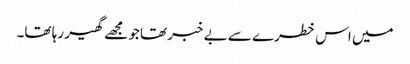
میں اس خطرے سے بے خبر تھا جو مجھے گھیر رہا تھا۔